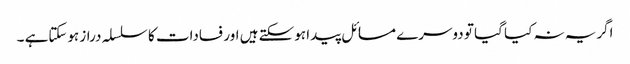
اگریہ نہ کیا گیا تو دوسرے مسائل پیدا ہوسکتے ہیں اور فسادات کا سلسلہ دراز ہوسکتاہے ۔